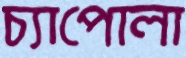
চ্যাপোলা